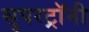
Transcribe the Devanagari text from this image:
सुपरट्रॉनी